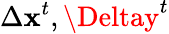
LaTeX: \Delta\mathbf{x}^{t},\Deltay^{t}